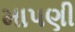
માપણી